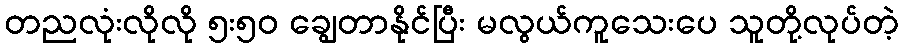
တညလုံးလိုလို ၅း၅၀ ချွေတာနိုင်ပြီး မလွယ်ကူသေးပေ သူတို့လုပ်တဲ့